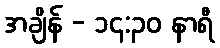
အချိန် - ၁၄:၃၀ နာရီ